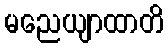
မညေယျာထာတိ